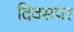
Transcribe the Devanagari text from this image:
दिवसपर